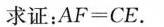
求证：AF=CE。